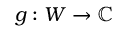
g : W \to \mathbb { C }